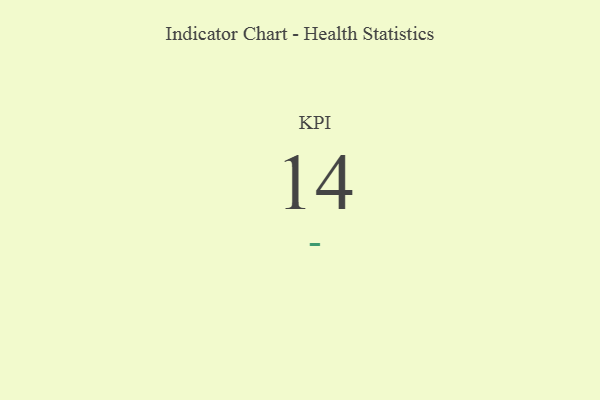
{"axis": {"x": "KPI", "y": "Value"}, "legend": [""], "data": [{"x": "KPI", "y": 14, "type": ""}]}